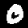
Label: 0